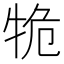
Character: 𤙙